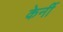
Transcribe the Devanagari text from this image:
केर्नी